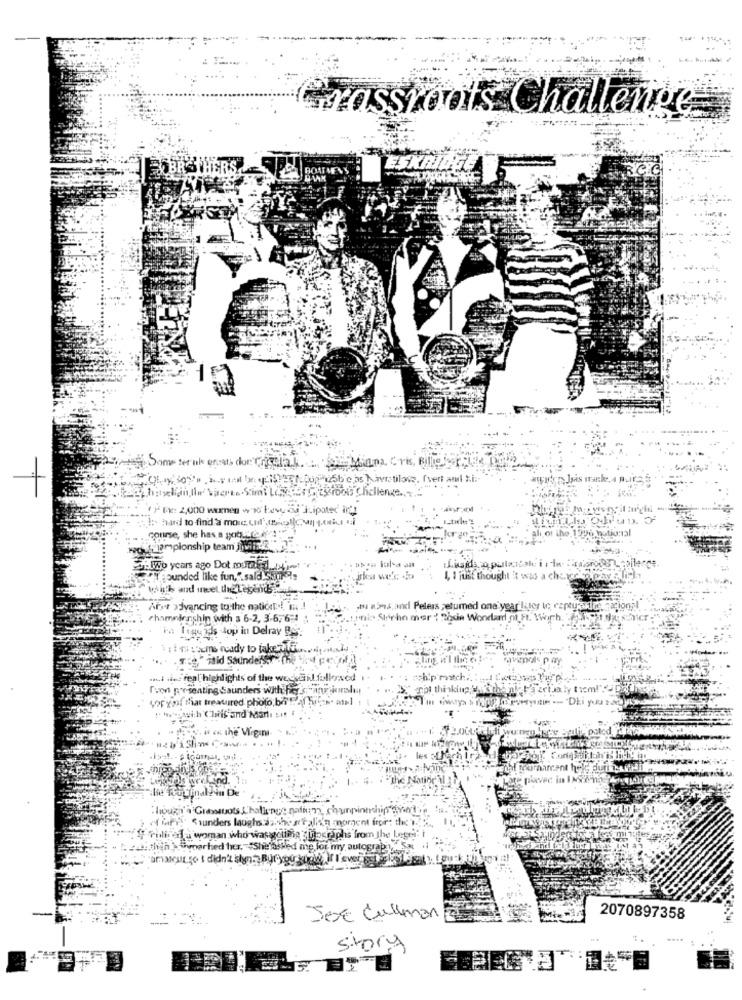
Grassroots Challenge
BOATMENS
ESXI
Minna Cris,
1'à mo
team
years ago Dot mouragel
Founded like fun,".sald som
Was a
`with and meet the Legend
Aft advancing to the nationpdf, i !
Situ aimes,and Pelers returned one year later to rapty salde.
aionp
rhamnienshin with a 6-2, 3-6, 6-1 :
tonie Strichn mar 1 Dode Wo
low in Delray Be
1 : insbums ready to tak
Mid Saunders
.l .in real highlights of the wegstilfolleracd
re presenting Saunders with fiers
rpa thinking
LoFxmi that treasured photo; ba Fel luce. atel
Iiris and Mart. :
« the Virgini
ves weelsind.
Though'a Grabssuots L'hallenge nating, chunpin
AGF !! < unders laughs: whenitalia's moment for the
Vy Pulire a woman who was gotme Upgraphs from the Loge
. within's poached her. "She asked me for my autogra?"
Joc Cullman
2070897358
Story